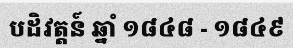
បដិវត្តន៍ ឆ្នាំ ១៨៤៨ - ១៨៤៩